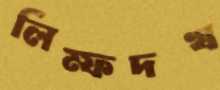
লিম্ফদখ